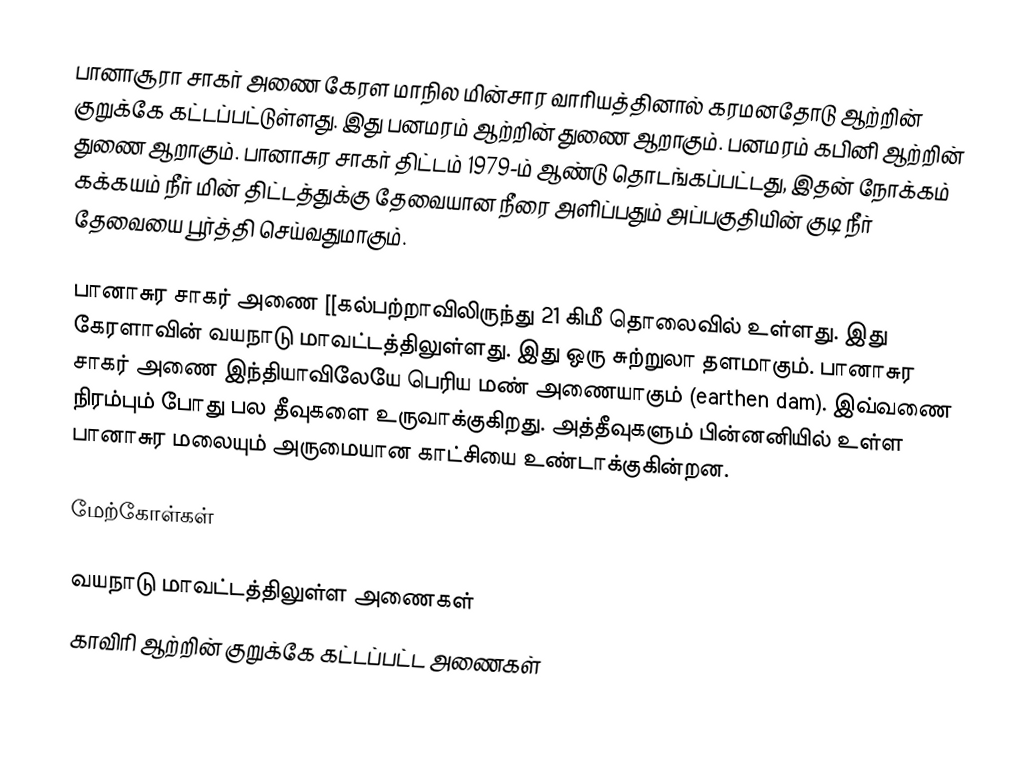
பானாசூரா சாகர் அணை கேரள மாநில மின்சார வாரியத்தினால் கரமனதோடு ஆற்றின் குறுக்கே கட்டப்பட்டுள்ளது. இது பனமரம் ஆற்றின் துணை ஆறாகும். பனமரம் கபினி ஆற்றின் துணை ஆறாகும். பானாசுர சாகர் திட்டம் 1979-ம் ஆண்டு தொடங்கப்பட்டது, இதன் நோக்கம் கக்கயம் நீர் மின் திட்டத்துக்கு தேவையான நீரை அளிப்பதும் அப்பகுதியின் குடி நீர் தேவையை பூர்த்தி செய்வதுமாகும்.

பானாசுர சாகர் அணை [[கல்பற்றாவிலிருந்து 21 கிமீ தொலைவில் உள்ளது. இது கேரளாவின் வயநாடு மாவட்டத்திலுள்ளது. இது ஒரு சுற்றுலா தளமாகும். பானாசுர சாகர் அணை இந்தியாவிலேயே பெரிய மண் அணையாகும் (earthen dam). இவ்வணை நிரம்பும் போது பல தீவுகளை உருவாக்குகிறது. அத்தீவுகளும் பின்னனியில் உள்ள பானாசுர மலையும் அருமையான காட்சியை உண்டாக்குகின்றன.

மேற்கோள்கள்

வயநாடு மாவட்டத்திலுள்ள அணைகள்
காவிரி ஆற்றின் குறுக்கே கட்டப்பட்ட அணைகள்